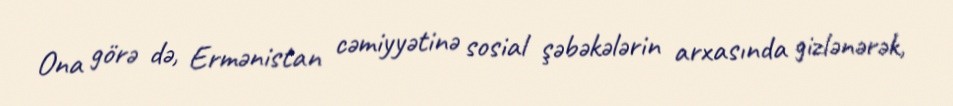
Ona görə də, Ermənistan cəmiyyətinə sosial şəbəkələrin arxasında gizlənərək,